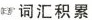
词汇积累